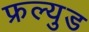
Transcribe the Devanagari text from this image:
फ्रल्युड